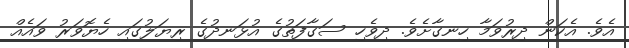
އެވެ. އެކަން ދިރުވަމާ ހިނގާށެވެ. ދިވެހި ސަގާފަތުގެ އުޅަނދުގެ ރިޔަލުގައި ހެޔޮވަރު ވައެއް